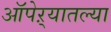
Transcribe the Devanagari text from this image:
ऑपेऱ्यातल्या